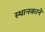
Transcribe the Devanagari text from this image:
स्थानकाने